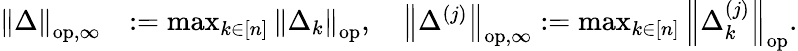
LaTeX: \begin{array}{rl}{\left\| {\Delta}\right\| _{\mathrm{op,\infty}}}&{:=\operatorname*{max}_{k\in[n]}\left\| {\Delta_{k}}\right\| _{\mathrm{op}},\quad\left\| {\Delta^{(j)}}\right\| _{\mathrm{op,\infty}}:=\operatorname*{max}_{k\in[n]}\left\| {\Delta_{k}^{(j)}}\right\| _{\mathrm{op}}.}\end{array}